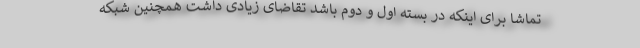
تماشا برای اینکه در بسته اول و دوم باشد تقاضای زیادی داشت همچنین شبکه